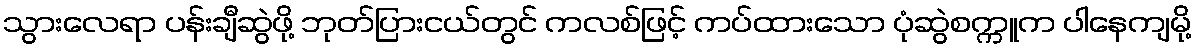
သွားလေရာ ပန်းချီဆွဲဖို့ ဘုတ်ပြားငယ်တွင် ကလစ်ဖြင့် ကပ်ထားသော ပုံဆွဲစက္ကူက ပါနေကျမို့